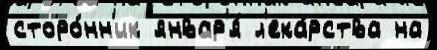
сторо́нн'ик январ'я́ л'ека́рства на